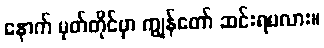
နောက် မှတ်တိုင်မှာ ကျွန်တော် ဆင်းရမလား။